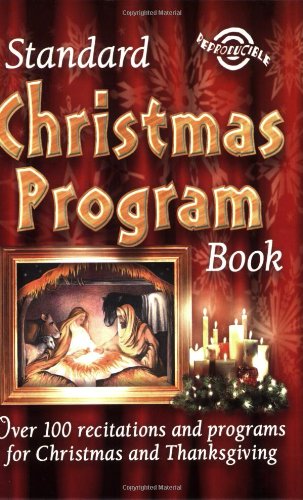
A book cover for Standard Christmas Program Book; Standard Publishing; Christian Books & Bibles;